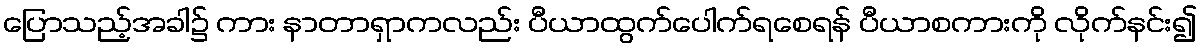
ပြောသည့်အခါ၌ ကား နာတာရှာကလည်း ပီယာထွက်ပေါက်ရစေရန် ပီယာစကားကို လိုက်နင်း၍